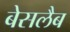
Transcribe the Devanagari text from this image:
बेसलैब